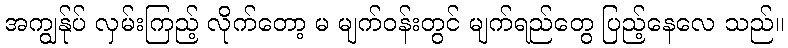
အကျွန်ုပ် လှမ်းကြည့် လိုက်တော့ မ မျက်ဝန်းတွင် မျက်ရည်တွေ ပြည့်နေလေ သည်။